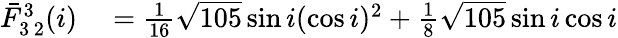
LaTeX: \begin{array}{rl}{\bar{F}_{3\, 2}^{3}(i)}&{{}=\frac{1}{16}\sqrt{105}\sin i(\cos i)^{2}+\frac{1}{8}\sqrt{105}\sin i\cos i}\end{array}